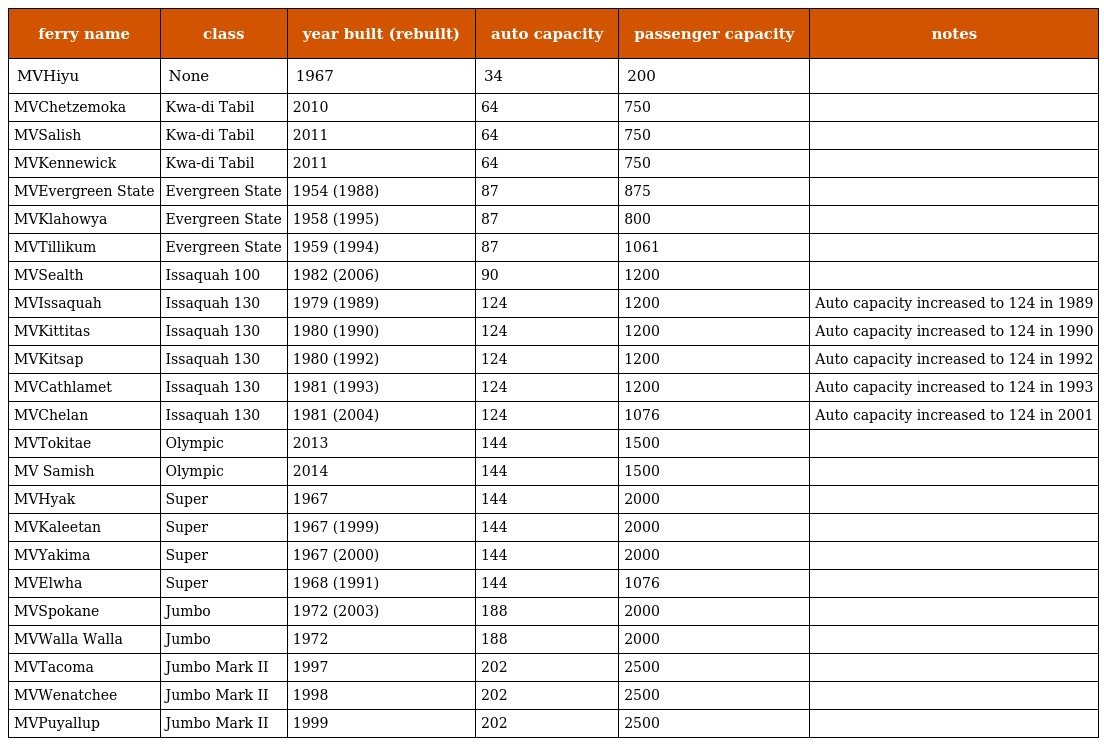
| ferry name | class | year built (rebuilt) | auto capacity | passenger capacity | notes |
 | --- | --- | --- | --- | --- | --- |
 | MVHiyu | None | 1967 | 34 | 200 |  |
 | MVChetzemoka | Kwa-di Tabil | 2010 | 64 | 750 |  |
 | MVSalish | Kwa-di Tabil | 2011 | 64 | 750 |  |
 | MVKennewick | Kwa-di Tabil | 2011 | 64 | 750 |  |
 | MVEvergreen State | Evergreen State | 1954 (1988) | 87 | 875 |  |
 | MVKlahowya | Evergreen State | 1958 (1995) | 87 | 800 |  |
 | MVTillikum | Evergreen State | 1959 (1994) | 87 | 1061 |  |
 | MVSealth | Issaquah 100 | 1982 (2006) | 90 | 1200 |  |
 | MVIssaquah | Issaquah 130 | 1979 (1989) | 124 | 1200 | Auto capacity increased to 124 in 1989 |
 | MVKittitas | Issaquah 130 | 1980 (1990) | 124 | 1200 | Auto capacity increased to 124 in 1990 |
 | MVKitsap | Issaquah 130 | 1980 (1992) | 124 | 1200 | Auto capacity increased to 124 in 1992 |
 | MVCathlamet | Issaquah 130 | 1981 (1993) | 124 | 1200 | Auto capacity increased to 124 in 1993 |
 | MVChelan | Issaquah 130 | 1981 (2004) | 124 | 1076 | Auto capacity increased to 124 in 2001 |
 | MVTokitae | Olympic | 2013 | 144 | 1500 |  |
 | MV Samish | Olympic | 2014 | 144 | 1500 |  |
 | MVHyak | Super | 1967 | 144 | 2000 |  |
 | MVKaleetan | Super | 1967 (1999) | 144 | 2000 |  |
 | MVYakima | Super | 1967 (2000) | 144 | 2000 |  |
 | MVElwha | Super | 1968 (1991) | 144 | 1076 |  |
 | MVSpokane | Jumbo | 1972 (2003) | 188 | 2000 |  |
 | MVWalla Walla | Jumbo | 1972 | 188 | 2000 |  |
 | MVTacoma | Jumbo Mark II | 1997 | 202 | 2500 |  |
 | MVWenatchee | Jumbo Mark II | 1998 | 202 | 2500 |  |
 | MVPuyallup | Jumbo Mark II | 1999 | 202 | 2500 |  |